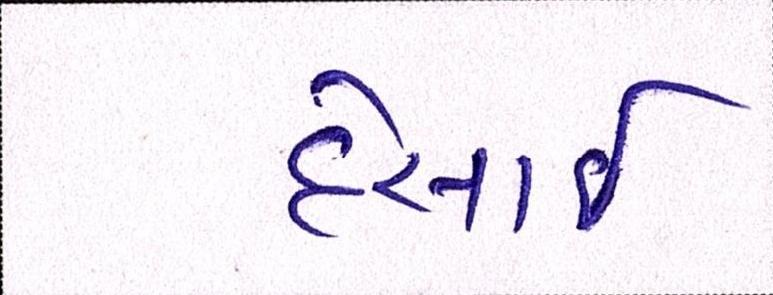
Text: દેસાઇ